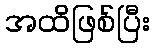
အထိဖြစ်ပြီး